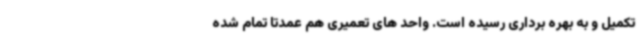
تکمیل و به بهره برداری رسیده است. واحد های تعمیری هم عمدتاً تمام شده